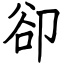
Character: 卻